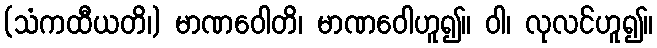
(သံကထီယတိ၊) မာဏဝေါတိ၊ မာဏဝေါဟူ၍။ ဝါ၊ လုလင်ဟူ၍။